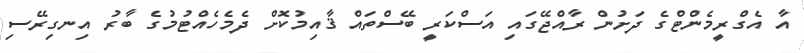
އާ އެގްރީމެންޓްގެ ދަށުން ރާއްޖޭގައި އަސްކަރީ ބޭސްތައް ޤާއިމުކޮށް ދެމެހެއްޓުމުގެ ބާރު އިނގިރޭސި